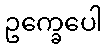
ဥက္ခေပေါ